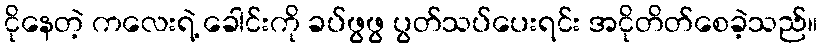
ငိုနေတဲ့ ကလေးရဲ့ ခေါင်းကို ခပ်ဖွဖွ ပွတ်သပ်ပေးရင်း အငိုတိတ်စေခဲ့သည်။